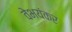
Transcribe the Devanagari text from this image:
वेभयंकर